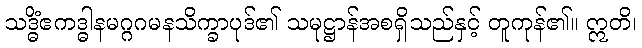
သဒ္ဓိံဧကဒ္ဓါနမဂ္ဂဂမနသိက္ခာပုဒ်၏ သမုဋ္ဌာန်အစရှိသည်နှင့် တူကုန်၏။ ဣတိ၊